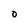
Character: O